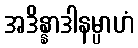
အဒိန္နာဒါနမ္ပာဟံ